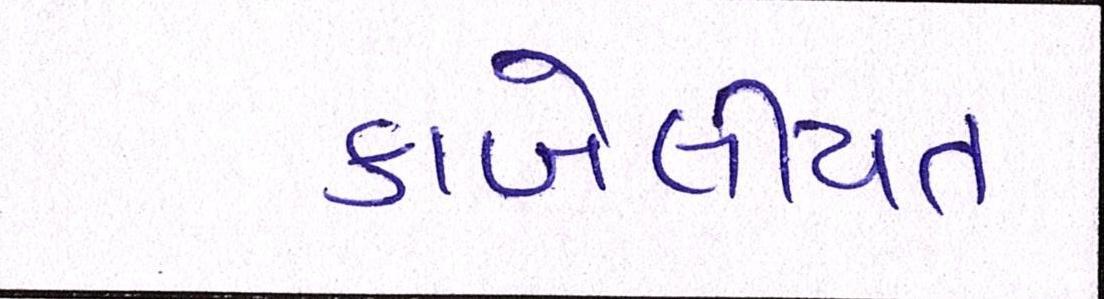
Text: કાબેલીયત